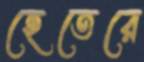
হেতেরে